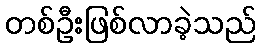
တစ်ဦးဖြစ်လာခဲ့သည်